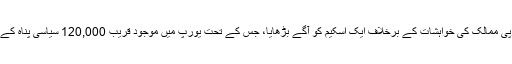
قبل ازيں منگل کے روز اٹھائيس رکنی بلاک نے مشرقی يورپی ممالک کی خواہشات کے برخلاف ايک اسکيم کو آگے بڑھايا، جس کے تحت يورپ ميں موجود قريب 120,000 سياسی پناہ کے متلاشی افراد کو مختلف يورپی ملکوں ميں تقسيم کيا جانا ہے۔